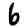
Digit: 6